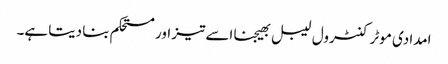
امدادی موٹر کنٹرول لیبل بھیجنا اسے تیز اور مستحکم بنا دیتا ہے۔